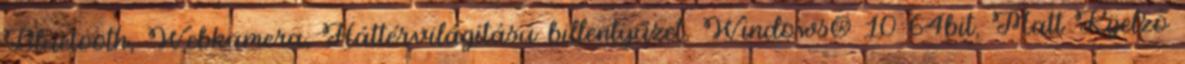
Bluetooth, Webkamera, Háttérvilágítású billentyűzet, Windows® 10 64bit, Matt Kijelző